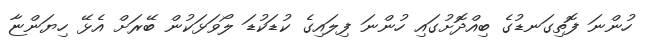
ހުންނަ ފޮތިގަނޑުގެ ބިއްދޮށުގައި ހުންނަ ފިލައިގެ ކުޑަކުޑަ ލޯވަޅަކުން ބޭރަށް އެޅޭ ހިޔަންޏާ